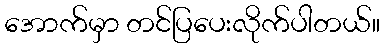
အောက်မှာ တင်ပြပေးလိုက်ပါတယ်။